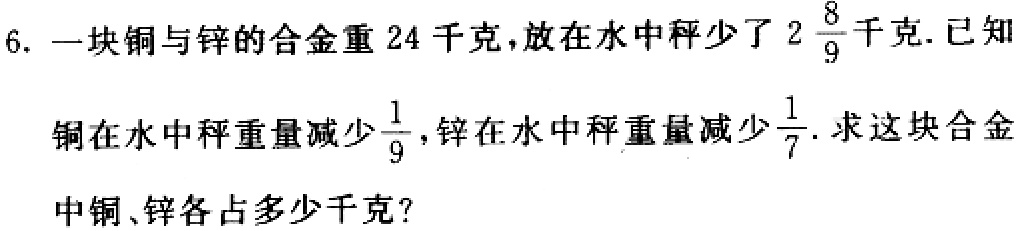
6. 一块铜与锌的合金重 24 千克，放在水中秤少了 \(2\frac{8}{9}\) 千克. 已知
铜在水中秤重量减少 \(\frac{1}{9}\)，锌在水中秤重量减少 \(\frac{1}{7}\). 求这块合金
中铜、锌各占多少千克？